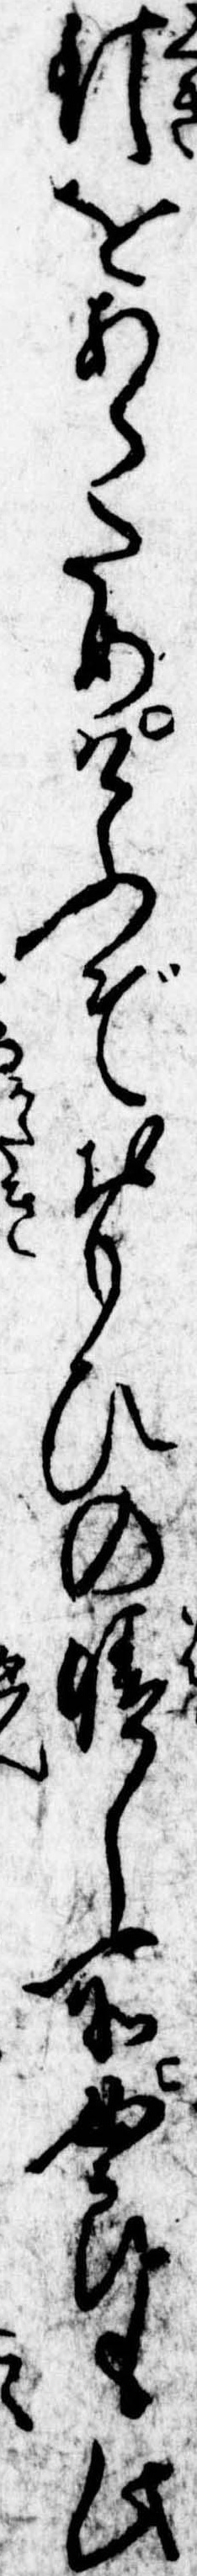
釘をあらためけふぞおもひの晴し所女郎も此